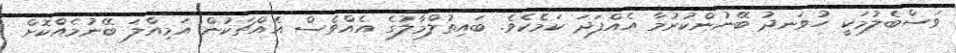
ވަސްބެލުމަކީ ހުވަނދު ބޭނުންކުރުމާ އެއްފަދަ ކަމެކެވެ. ބައިތުލްމާލުގެ އެއްވެސް އެއްޗަކުން އަމިއްލަ ބޭނުމެއްކޮށް